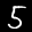
Label: 5